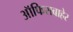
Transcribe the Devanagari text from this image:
ऑफिसबाहेर